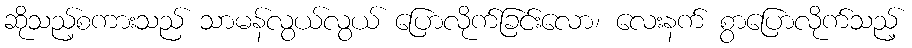
ဆိုသည့်စကားသည် သာမန်လွယ်လွယ် ပြောလိုက်ခြင်းလော၊ လေးနက် စွာပြောလိုက်သည့်